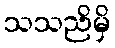
သသညိမှိ